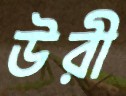
উরী